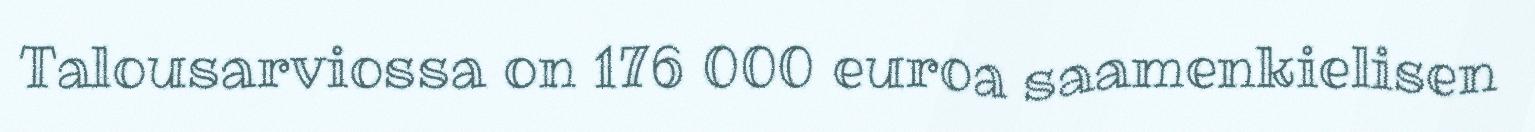
Talousarviossa on 176 000 euroa saamenkielisen